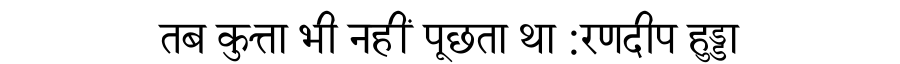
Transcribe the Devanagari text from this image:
तब कुत्ता भी नहीं पूछता था :रणदीप हुड्डा